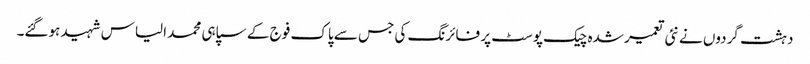
دہشت گردوں نے نئی تعمیر شدہ چیک پوسٹ پر فائرنگ کی جس سے پاک فوج کے سپاہی محمد الیاس شہید ہوگئے۔